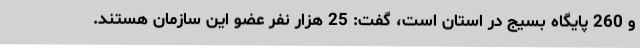
و 260 پایگاه بسیج در استان است، گفت: 25 هزار نفر عضو این سازمان هستند.